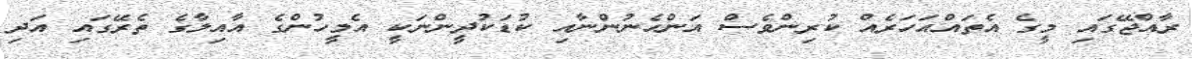
ރާއްޖޭގައި މީގެ އެތައްއަހަރެއް ކުރިންވެސް އަންހެނުންނާއި ކުޑަކުދީންނަކީ އެމީހުންގެ އާއިލާގެ ތެރޭގައި އަދި